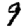
Digit: 9